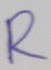
Text: R